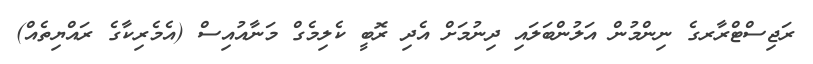
ރަޖިސްޓްރާރގެ ނިންމުން އަލުންބަލައި ދިނުމަށް އެދި ރޮބީ ކެލިމެގް މަނާއުއިސް (އެމެރިކާގެ ރައްޔިތެއް)